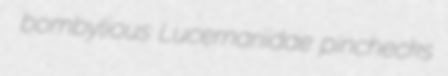
bombylious Lucernariidae pinchecks